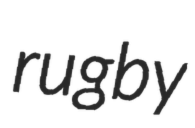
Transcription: rugby